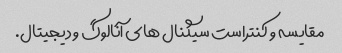
مقایسه و کنتراست سیگنال های آنالوگ و دیجیتال.